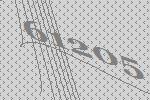
61205